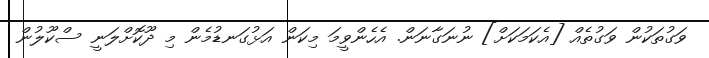
ވަގުތަކުން ވަގުތެއް [އެކަމަކަށް] ނުނަގާނަން. އެހެންވީމަ މިކަން އަޅުގަނޑުމެން މި ދޫކޮށްލަނީ ސްކޫލުން